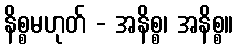
နိစ္စမဟုတ် - အနိစ္စ၊ အနိစ္စ။